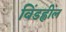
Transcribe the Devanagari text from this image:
विंडह्वील